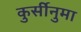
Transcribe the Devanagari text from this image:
कुर्सीनुमा